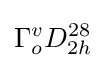
\Gamma _{o}^{v}D_{2h}^{28}